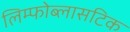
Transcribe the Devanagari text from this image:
लिम्फोब्लासटिक